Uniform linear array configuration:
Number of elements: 12
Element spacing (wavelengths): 0.25
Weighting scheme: hamming
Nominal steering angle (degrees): -45
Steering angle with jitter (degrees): -46.721
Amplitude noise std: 0.05
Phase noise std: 0.05

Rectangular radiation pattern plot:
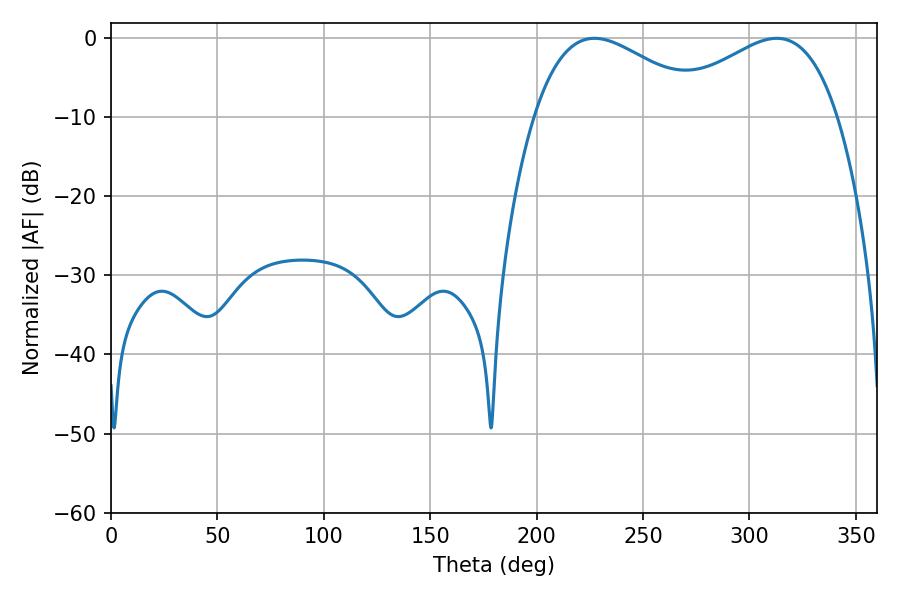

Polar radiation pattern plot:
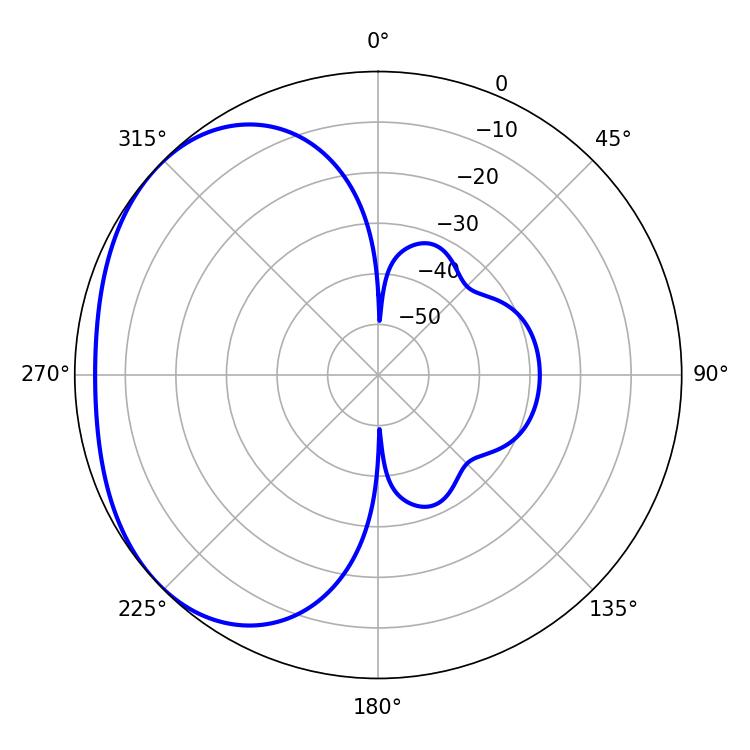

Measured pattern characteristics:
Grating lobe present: FALSE
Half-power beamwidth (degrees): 44.46
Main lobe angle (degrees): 227.16